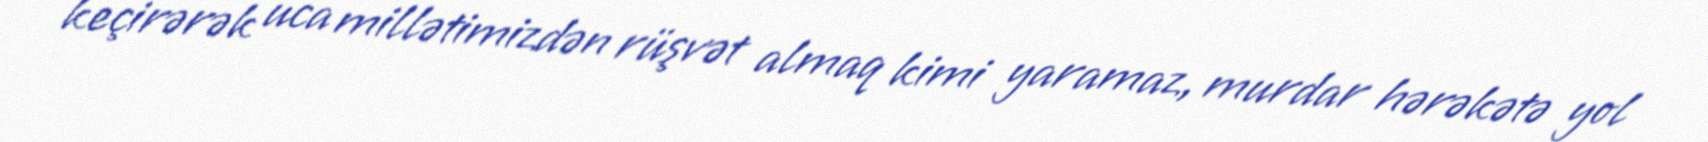
keçirərək uca millətimizdən rüşvət almaq kimi yaramaz, murdar hərəkətə yol